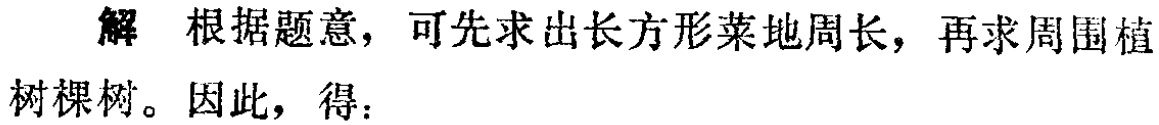
解 根据题意，可先求出长方形菜地周长，再求周围植树棵树。因此，得：